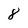
Character: 8